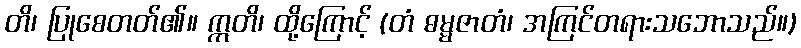
တိ၊ ပြုစေတတ်၏။ ဣတိ၊ ထို့ကြောင့် (တံ ဓမ္မဇာတံ၊ အကြင်တရားသဘောသည်။)